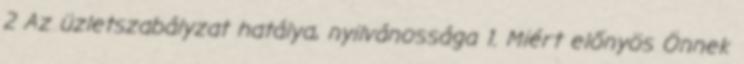
2 Az üzletszabályzat hatálya, nyilvánossága 1. Miért előnyös Önnek